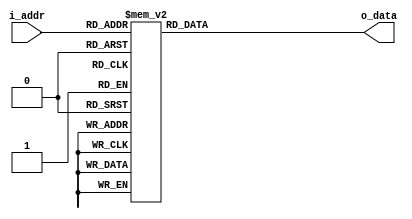

// This rom is used to map the user eye monitor phase steps (linear increasing from 0 to 63)
//  to the hardware values (non-linear).

module alt_eyemon_rom (
  i_addr,
  o_data
);

  input      [5:0] i_addr;
  output reg [5:0] o_data;
  
  always @ (*) begin
    case (i_addr)
      6'b000000: o_data = 6'b111111; // phase step '1' in NPP
      6'b000001: o_data = 6'b111110;
      6'b000010: o_data = 6'b111101;
      6'b000011: o_data = 6'b111100;
      6'b000100: o_data = 6'b111011;
      6'b000101: o_data = 6'b111010;
      6'b000110: o_data = 6'b111001;
      6'b000111: o_data = 6'b111000;
      6'b001000: o_data = 6'b110111;
      6'b001001: o_data = 6'b110110;
      6'b001010: o_data = 6'b110101;
      6'b001011: o_data = 6'b110100;
      6'b001100: o_data = 6'b110011;
      6'b001101: o_data = 6'b110010;
      6'b001110: o_data = 6'b110001;
      6'b001111: o_data = 6'b110000;
      6'b010000: o_data = 6'b010000; // phase step '17' in NPP
      6'b010001: o_data = 6'b010001;
      6'b010010: o_data = 6'b010010;
      6'b010011: o_data = 6'b010011;
      6'b010100: o_data = 6'b010100;
      6'b010101: o_data = 6'b010101;
      6'b010110: o_data = 6'b010110;
      6'b010111: o_data = 6'b010111;
      6'b011000: o_data = 6'b011000;
      6'b011001: o_data = 6'b011001;
      6'b011010: o_data = 6'b011010;
      6'b011011: o_data = 6'b011011;
      6'b011100: o_data = 6'b011100;
      6'b011101: o_data = 6'b011101;
      6'b011110: o_data = 6'b011110;
      6'b011111: o_data = 6'b011111;
      6'b100000: o_data = 6'b001111; // phase step '33' in NPP
      6'b100001: o_data = 6'b001110;
      6'b100010: o_data = 6'b001101;
      6'b100011: o_data = 6'b001100;
      6'b100100: o_data = 6'b001011;
      6'b100101: o_data = 6'b001010;
      6'b100110: o_data = 6'b001001;
      6'b100111: o_data = 6'b001000;
      6'b101000: o_data = 6'b000111;
      6'b101001: o_data = 6'b000110;
      6'b101010: o_data = 6'b000101;
      6'b101011: o_data = 6'b000100;
      6'b101100: o_data = 6'b000011;
      6'b101101: o_data = 6'b000010;
      6'b101110: o_data = 6'b000001;
      6'b101111: o_data = 6'b000000;
      6'b110000: o_data = 6'b100000; // phase step '49' in NPP
      6'b110001: o_data = 6'b100001;
      6'b110010: o_data = 6'b100010;
      6'b110011: o_data = 6'b100011;
      6'b110100: o_data = 6'b100100;
      6'b110101: o_data = 6'b100101;
      6'b110110: o_data = 6'b100110;
      6'b110111: o_data = 6'b100111;
      6'b111000: o_data = 6'b101000;
      6'b111001: o_data = 6'b101001;
      6'b111010: o_data = 6'b101010;
      6'b111011: o_data = 6'b101011;
      6'b111100: o_data = 6'b101100;
      6'b111101: o_data = 6'b101101;
      6'b111110: o_data = 6'b101110;
      6'b111111: o_data = 6'b101111; // phase step '64' in NPP
      default:   o_data = 6'b111111; // default to all 1s (maps to phase step '1' in NPP)
    endcase
  end
  
endmodule